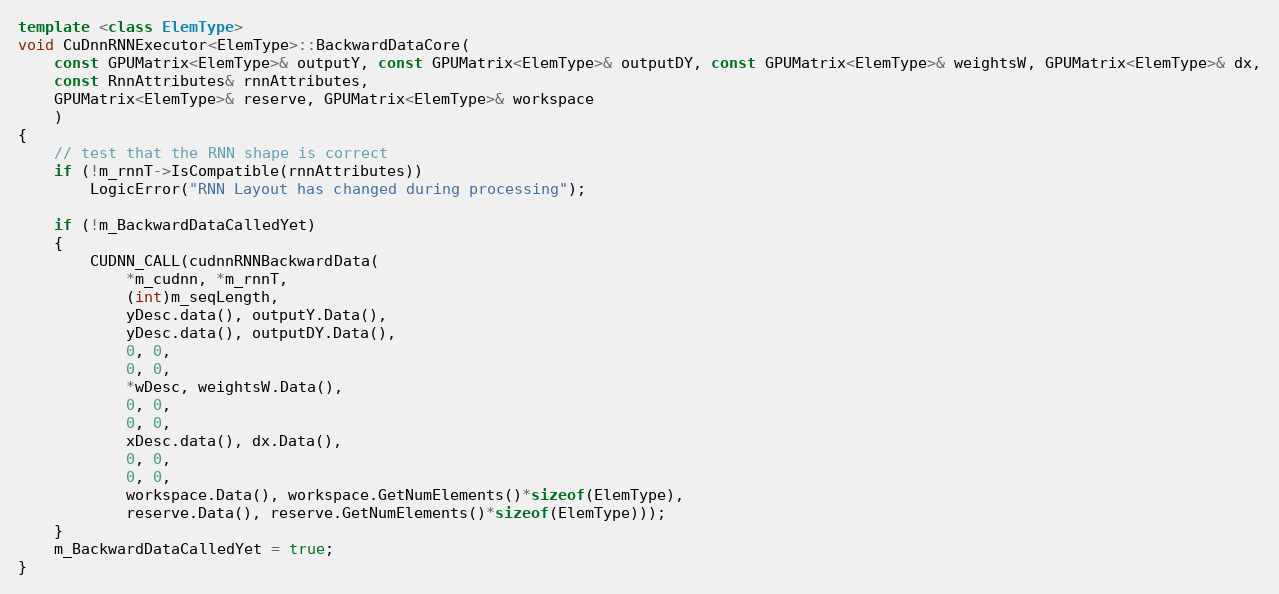
Language: C++
template <class ElemType>
void CuDnnRNNExecutor<ElemType>::BackwardDataCore(
    const GPUMatrix<ElemType>& outputY, const GPUMatrix<ElemType>& outputDY, const GPUMatrix<ElemType>& weightsW, GPUMatrix<ElemType>& dx,
    const RnnAttributes& rnnAttributes,
    GPUMatrix<ElemType>& reserve, GPUMatrix<ElemType>& workspace
    )
{
    // test that the RNN shape is correct
    if (!m_rnnT->IsCompatible(rnnAttributes))
        LogicError("RNN Layout has changed during processing");

    if (!m_BackwardDataCalledYet)
    {
        CUDNN_CALL(cudnnRNNBackwardData(
            *m_cudnn, *m_rnnT,
            (int)m_seqLength,
            yDesc.data(), outputY.Data(),
            yDesc.data(), outputDY.Data(),
            0, 0,
            0, 0,
            *wDesc, weightsW.Data(),
            0, 0,
            0, 0,
            xDesc.data(), dx.Data(),
            0, 0,
            0, 0,
            workspace.Data(), workspace.GetNumElements()*sizeof(ElemType),
            reserve.Data(), reserve.GetNumElements()*sizeof(ElemType)));
    }
    m_BackwardDataCalledYet = true;
}